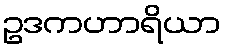
ဥဒကဟာရိယာ